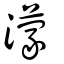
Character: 濛